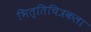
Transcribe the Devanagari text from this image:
भित्तिचित्रकला